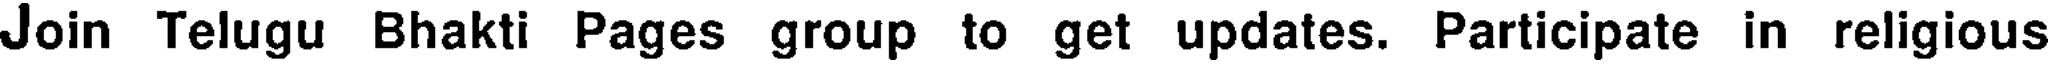
Join Telugu Bhakti Pages group to get updates. Participate in religious